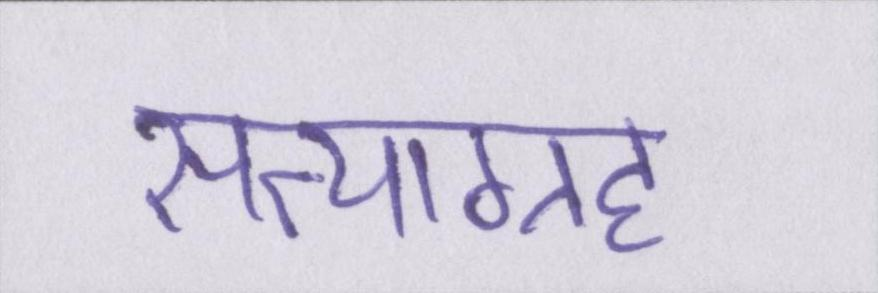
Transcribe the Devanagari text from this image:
सत्याग्रह